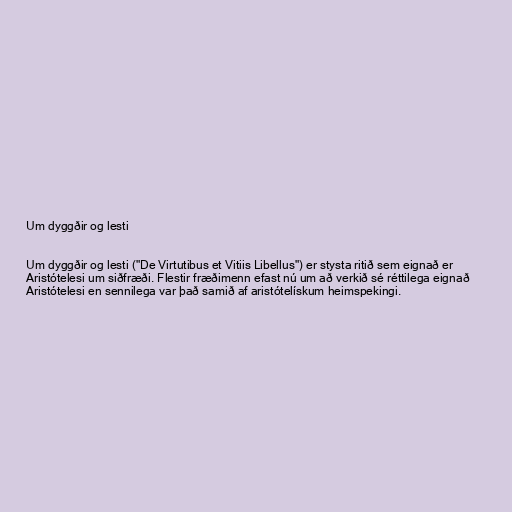
Um dyggðir og lesti

Um dyggðir og lesti ("De Virtutibus et Vitiis Libellus") er stysta ritið sem eignað er
Aristótelesi um siðfræði. Flestir fræðimenn efast nú um að verkið sé réttilega eignað
Aristótelesi en sennilega var það samið af aristótelískum heimspekingi.